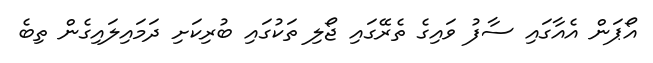
އޯޕަން އެއާގައި ސާފު ވައިގެ ތެރޭގައި ޖޯލި ތަކުގައި ބުރިކަށި ދަމައިލައިގެން ތިބެ